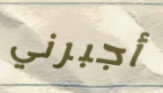
أجبرني